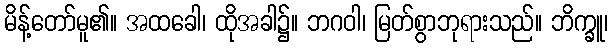
မိန့်တော်မူ၏။ အထခေါ၊ ထိုအခါ၌။ ဘဂဝါ၊ မြတ်စွာဘုရားသည်။ ဘိက္ခူ၊